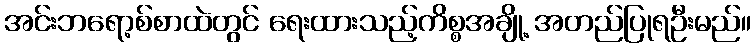
အင်းဘရော့စ်စာထဲတွင် ရေးထားသည့်ကိစ္စအချို့ အတည်ပြုရဦးမည်။